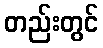
တည်းတွင်